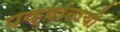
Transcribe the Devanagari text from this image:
पक्वांनाची